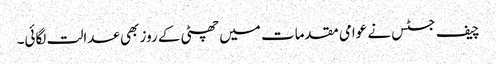
چیف جسٹس نے عوامی مقدمات میں چھٹی کے روز بھی عدالت لگائی۔